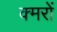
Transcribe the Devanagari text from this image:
क्मरों